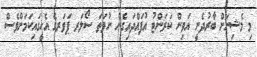
މި މެޝިނަށް ބާރުދެނީ އަވިން ކަރަންޓު އުފައްދައިގެން ނުވަތަ ސޯލަރ ޕަވަރގެ އެހީގައިކަމަށްވެސް